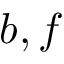
b , f